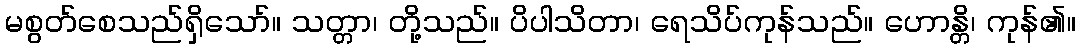
မစွတ်စေသည်ရှိသော်။ သတ္တာ၊ တို့သည်။ ပိပါသိတာ၊ ရေသိပ်ကုန်သည်။ ဟောန္တိ၊ ကုန်၏။